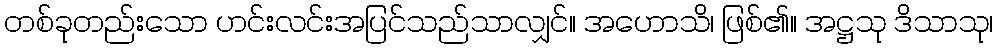
တစ်ခုတည်းသော ဟင်းလင်းအပြင်သည်သာလျှင်။ အဟောသိ၊ ဖြစ်၏။ အဋ္ဌသု ဒိသာသု၊